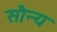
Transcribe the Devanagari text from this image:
सौन्य